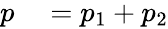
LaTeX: \begin{array}{rl}{p}&{{}=p_{1}+p_{2}}\end{array}